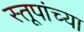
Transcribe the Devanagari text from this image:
स्तूपांच्या